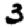
Digit: 3